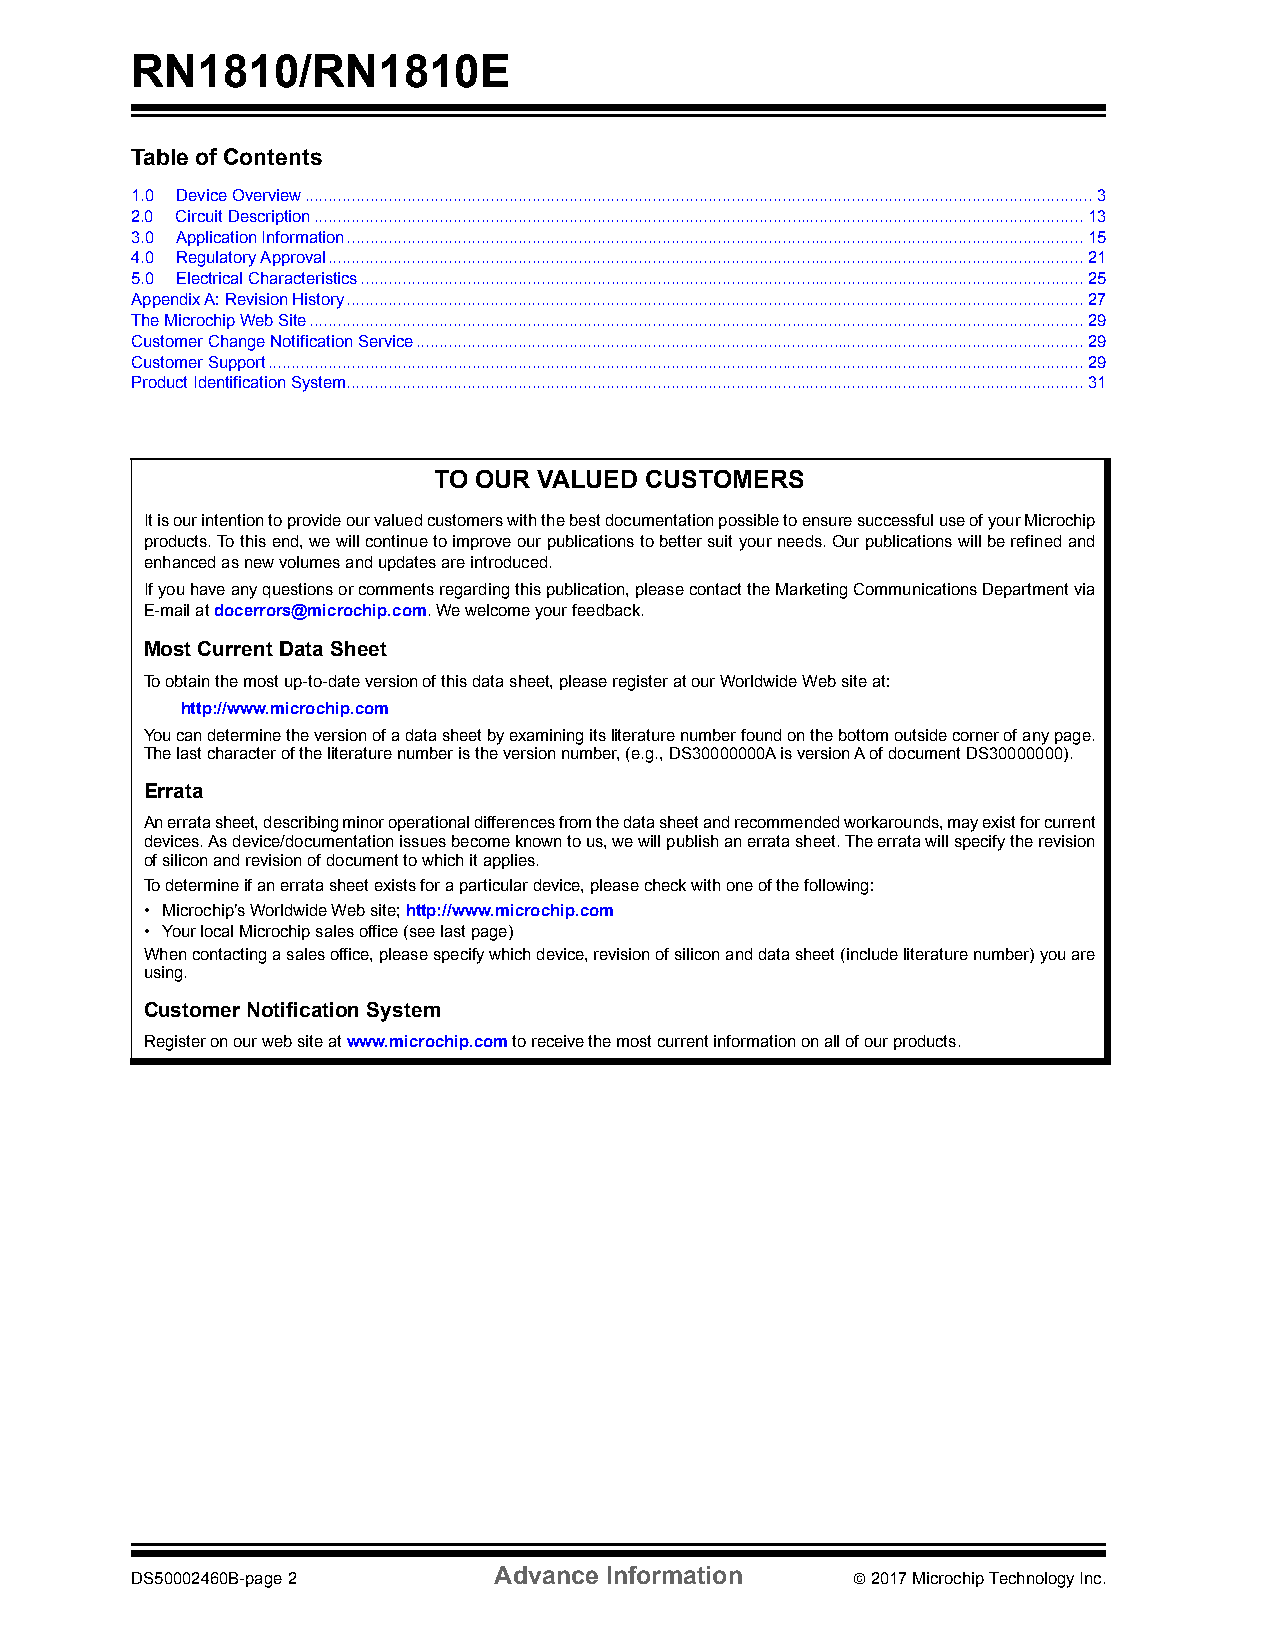
RN1810/RN1810E
 Table of Contents
 1.0 Device Overview..........................................................................................................................................................................3
 2.0 Circuit Description......................................................................................................................................................................13
 3.0 Application Information...............................................................................................................................................................15
 4.0 Regulatory Approval...................................................................................................................................................................21
 5.0 Electrical Characteristics............................................................................................................................................................25
 Appendix A: Revision History...............................................................................................................................................................27
 The Microchip Web Site.......................................................................................................................................................................29
 Customer Change Notification Service................................................................................................................................................29
 Customer Support................................................................................................................................................................................29
 Product Identification System...............................................................................................................................................................31
 TO OUR VALUED CUSTOMERS
 It is our intention to provide our valued customers with the best documentation possible to ensure successful use of your Microchip
 products. To this end, we will continue to improve our publications to better suit your needs. Our publications will be refined and
 enhanced as new volumes and updates are introduced.
 If you have any questions or comments regarding this publication, please contact the Marketing Communications Department via
 E-mail at docerrors@microchip.com. We welcome your feedback.
 Most Current Data Sheet
 To obtain the most up-to-date version of this data sheet, please register at our Worldwide Web site at:
 http://www.microchip.com
 You can determine the version of a data sheet by examining its literature number found on the bottom outside corner of any page.
 The last character of the literature number is the version number, (e.g., DS30000000A is version A of document DS30000000).
 Errata
 An errata sheet, describing minor operational differences from the data sheet and recommended workarounds, may exist for current
 devices. As device/documentation issues become known to us, we will publish an errata sheet. The errata will specify the revision
 of silicon and revision of document to which it applies.
 To determine if an errata sheet exists for a particular device, please check with one of the following:
 • Microchip’s Worldwide Web site; http://www.microchip.com
 • Your local Microchip sales office (see last page)
 When contacting a sales office, please specify which device, revision of silicon and data sheet (include literature number) you are
 using.
 Customer Notification System
 Register on our web site at www.microchip.com to receive the most current information on all of our products.
 Advance Information
 DS50002460B-page 2                              2017 Microchip Technology Inc.